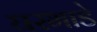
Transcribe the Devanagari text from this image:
घरभाडे